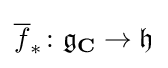
{\overline {f}}_{*}\colon {\mathfrak {g}}_{\mathbf {C} }\rightarrow {\mathfrak {h}}